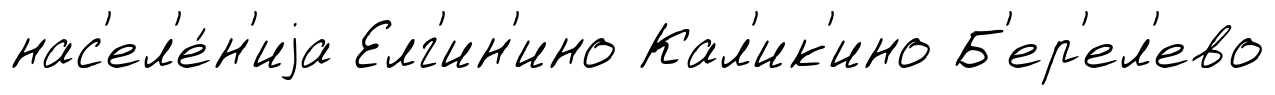
нас'ел'е́н'иjа Елг'ин'ино Кал'ик'ино Б'ер'ел'ево